Indian journal of veterinary science and animal husbandry - Volume 9,
Year: 1939
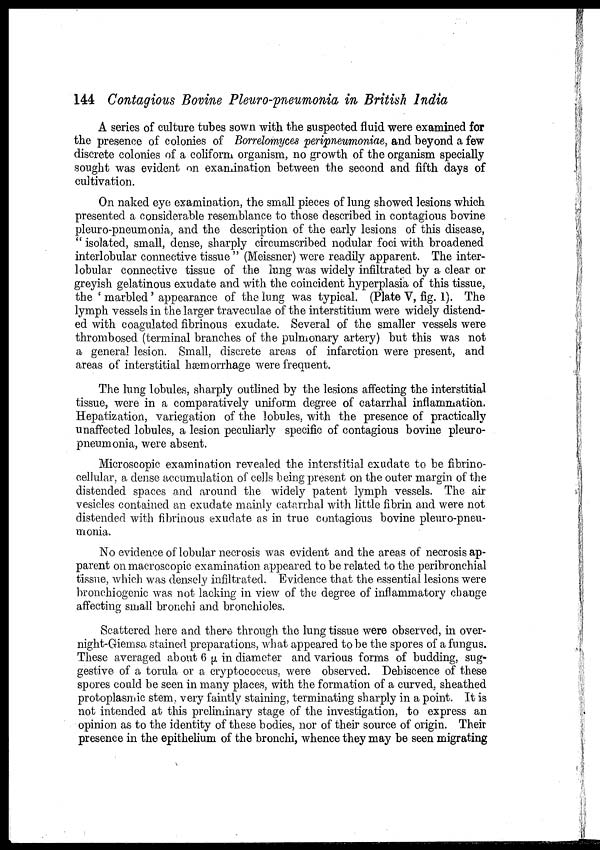
144 Contagious Bovine Pleuro-pneumonia in British India
A series of culture tubes sown with the suspected fluid were examined for
the presence of colonies of Borrelomyces peripneumoniae, and beyond a few
discrete colonies of a coliform organis , no growth of the organism specially
sought was evident on examinati
between the second and fifth days of
cultivation.
On naked eye examination, the small pieces of lung showed lesions which
presented a considerable resemblance to those described in contagious bovine
pleuro-pneumonia, and the description of the early lesions of this disease,
" isolated, small, dense, sharply circumscribed nodular foci with broadened
interlobular connective tissue " (Meissner) were readily apparent. The inter-
lobular connective tissue of the lung was widely infiltrated by a clear or
greyish gelatinous exudate and with the coincident hyperplasia of this tissue,
the ' marbled ' appearance of the lung was typical. (Plate V, fig. 1). The
lymph vessels in the larger traveculae of the interstitium were widely distend-
ed with coagulated fibrinous exudate. Several of the smaller vessels were
thrombosed (terminal branches of the pulmonary artery) but this was not
a general lesion. Small, discrete areas of infarction were present, and
areas of interstitial hæmorrhage were frequent.
The lung lobules, sharply outlined by the lesions affecting the interstitial
tissue, were in a comparatively uniform degree of catarrhal inflammation.
Hepatization, variegation of the lobules, with the presence of practically
unaffected lobules, a lesion peculiarly specific of contagious bovine pleuro-
pneumonia, were absent.
Microscopic examination revealed the interstitial exudate to be fibrino-
cellular, a dense accumulation of cells being present on the outer margin of the
distended spaces and around the widely patent lymph vessels. The air
vesicles contained an exudate mainly catarrhal with little fibrin and were not
distended with fibrinous exudate as in true contagious bovine pleuro-pneu-
monia.
No evidence of lobular necrosis was evident and the areas of necrosis ap-
parent on macroscopic examination appeared to be related to the peribronchial
tissue, which was densely infiltrated. Evidence that the essential lesions were
bronchiogenic was not lacking in view of the degree of inflammatory change
affecting small bronchi and bronchioles.
Scattered here and there through the lung tissue were observed, in over-
night-Giemsa stained preparations, what appeared to be the spores of a fungus.
These averaged about 6 µ in diameter and various forms of budding, sug-
gestive of a torula or a cryptococcus, were observed. Dehiscence of these
spores could be seen in many places, with the formation of a curved, sheathed
protoplasmic stem, very faintly staining, terminating sharply in a point. It is
not intended at this preliminary stage of the investigation, to express an
opinion as to the identity of these bodies, nor of their source of origin. Their
presence in the epithelium of the bronchi, whence they may be seen migrating